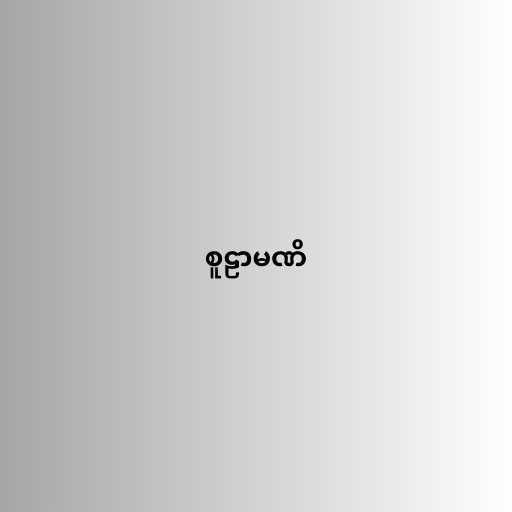
စူဠာမဏိ